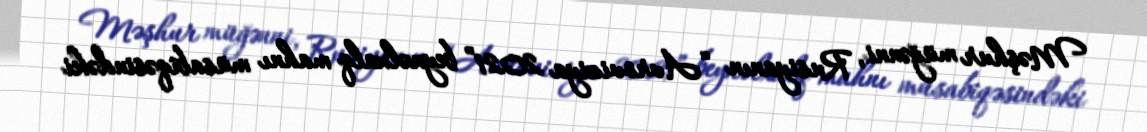
Məşhur müğənni, Rusiyanın “Avroviziya 2021” beynəlxalq mahnı müsabiqəsindəki